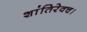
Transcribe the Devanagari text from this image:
शांतिरेवच।